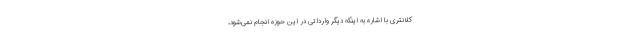
کلانتری با اشاره به اینکه دیگر وارداتی در این حوزه انجام نمی‌شود،